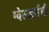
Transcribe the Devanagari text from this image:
ग्वेल्डर्सची